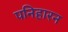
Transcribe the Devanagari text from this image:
पनिहारन